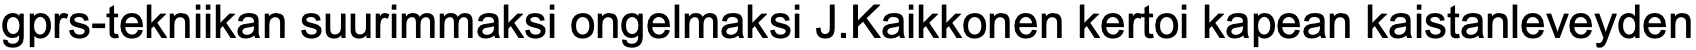
gprs-tekniikan suurimmaksi ongelmaksi J.Kaikkonen kertoi kapean kaistanleveyden